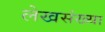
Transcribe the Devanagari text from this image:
लेखसंख्या